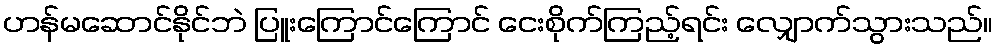
ဟန်မဆောင်နိုင်ဘဲ ပြူးကြောင်ကြောင် ငေးစိုက်ကြည့်ရင်း လျှောက်သွားသည်။